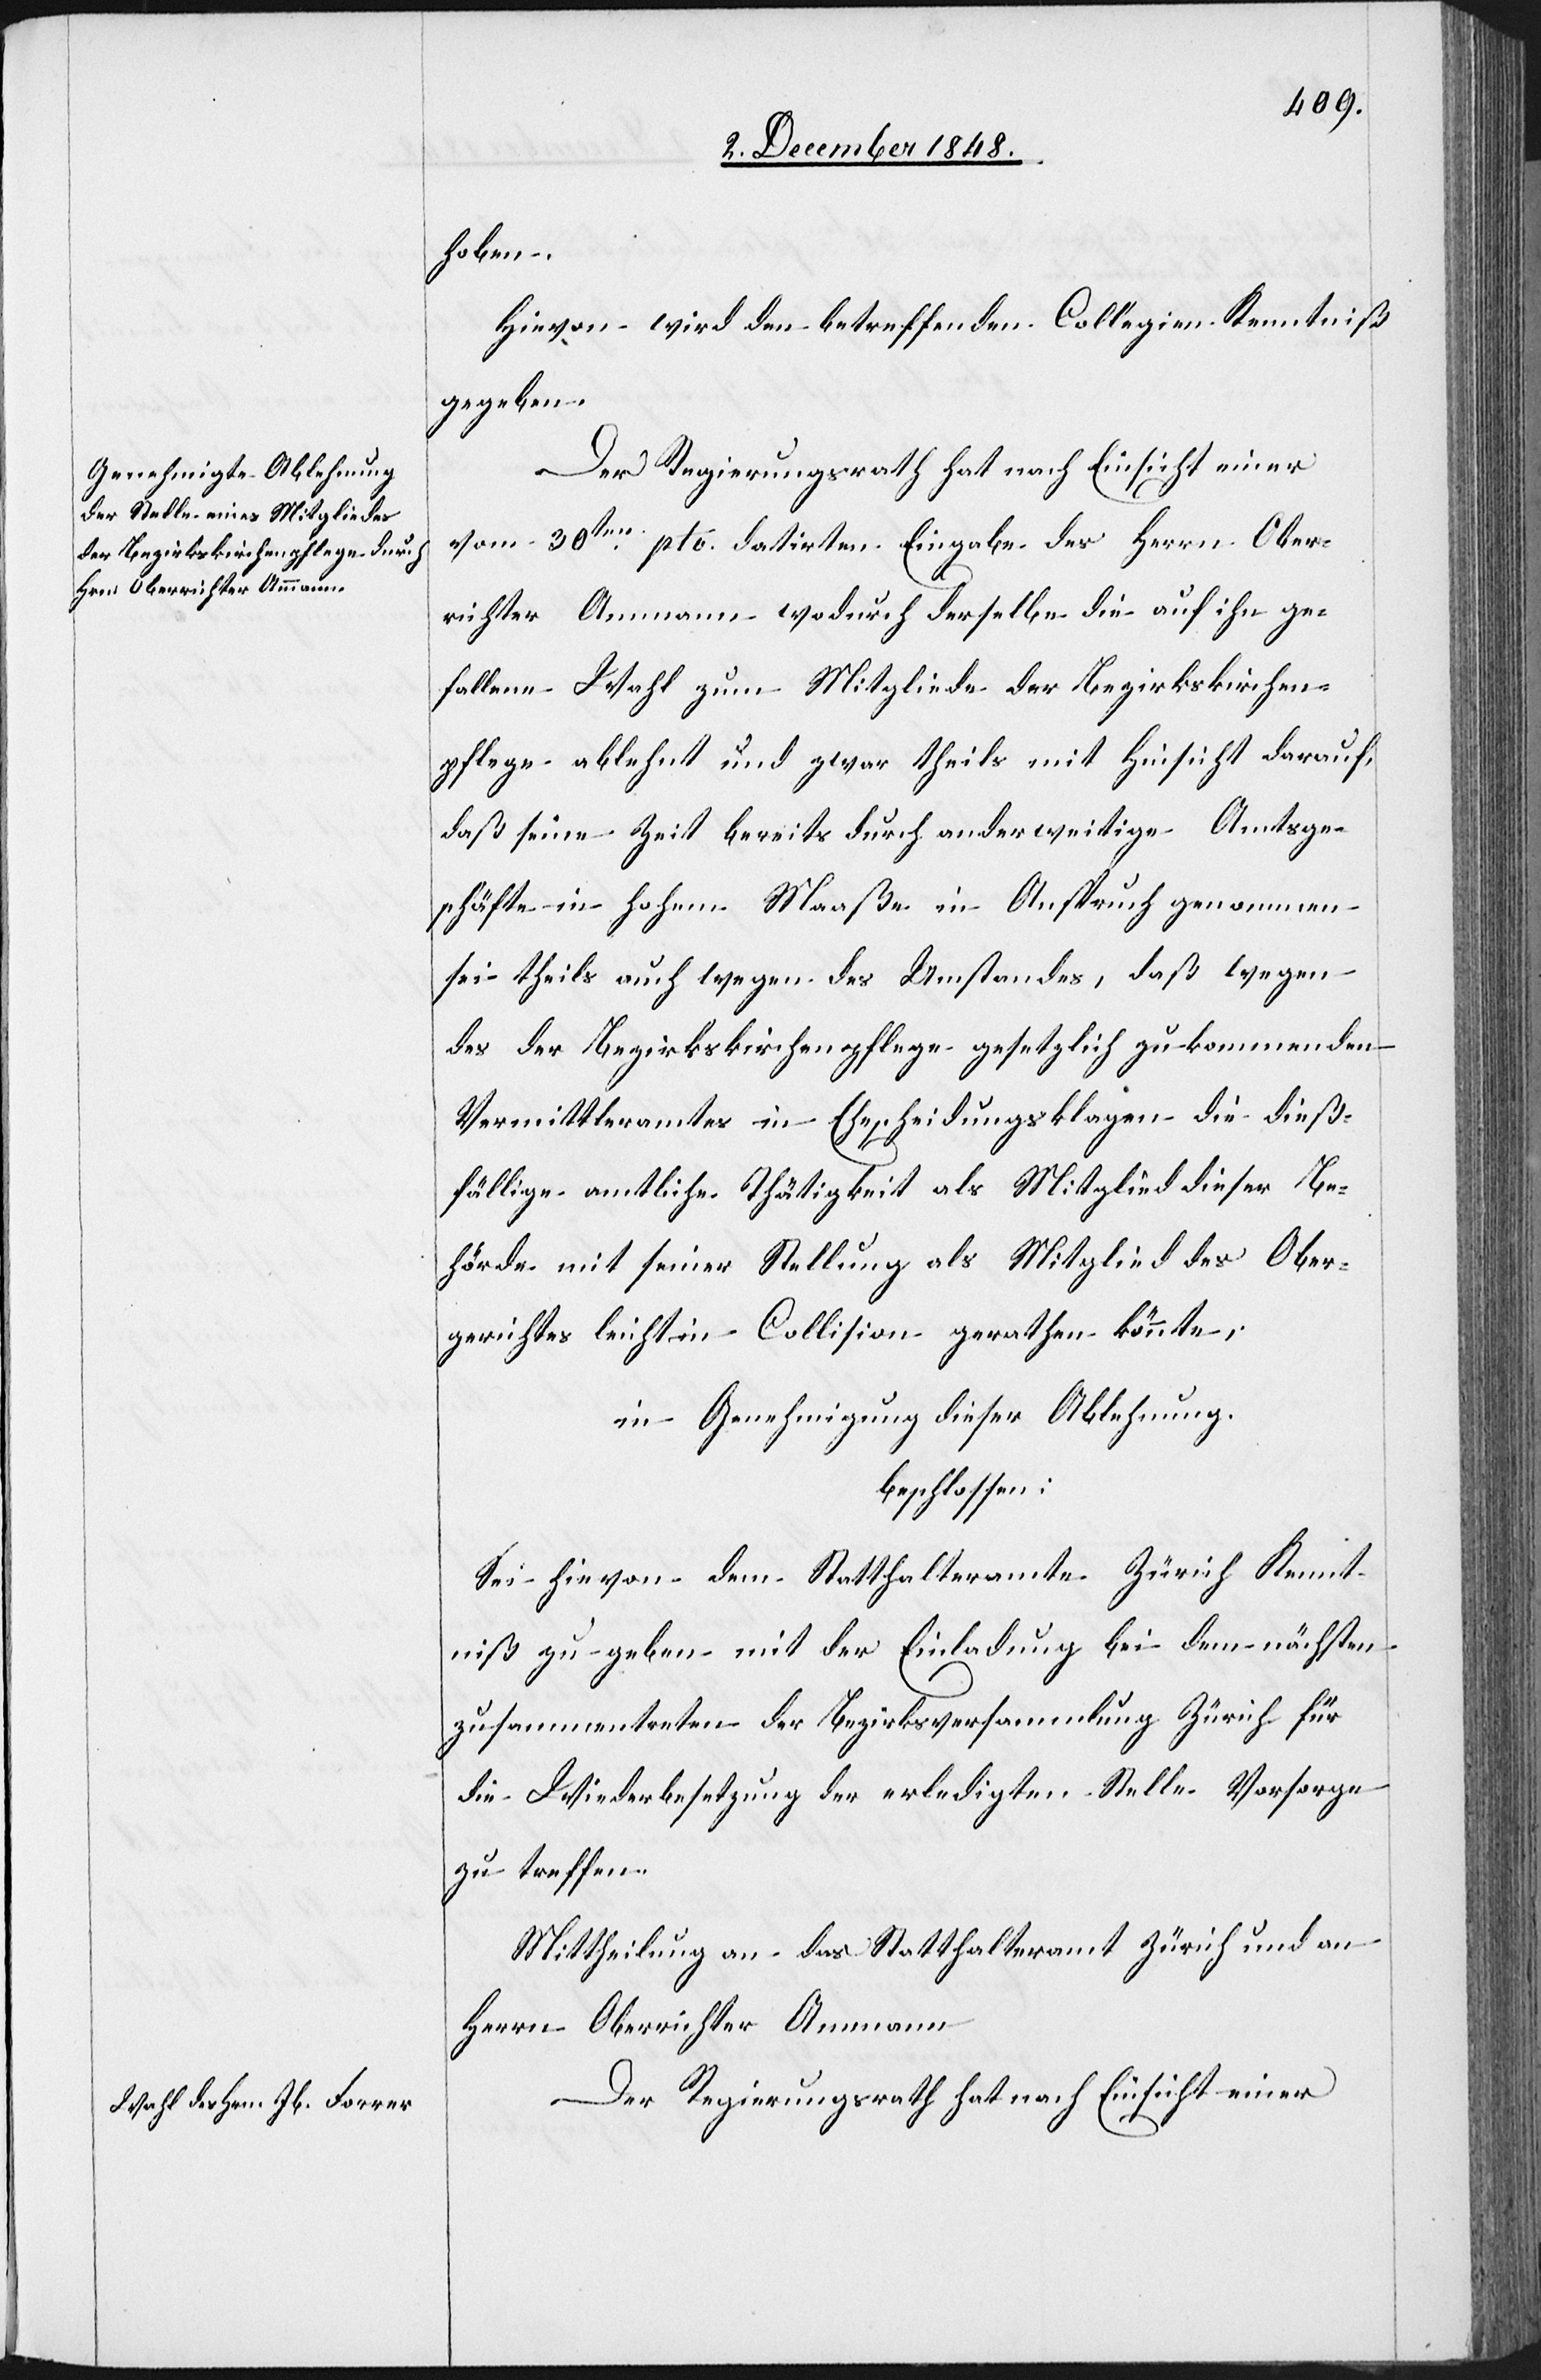
hoben.
Hievon wird den betreffenden Collegien Kenntniß
gegeben.
Der Regierungsrath hat nach Einsicht einer
vom 30ten pto. datirten Eingabe des Herrn Ober¬
richter Ammann wodurch derselbe die auf ihn ge¬
fallene Wahl zum Mitgliede der Bezirkskirchen¬
pflege ablehnt und zwar theils mit Hinsicht darauf,
daß seine Zeit bereits durch anderweitige Amtsge¬
schäfte in hohem Maaße in Anspruch genommen
sei theils auch wegen des Umstandes, daß wegen
des der Bezirkskirchenpflege gesetzlich zukommenden
Vermittleramtes in Ehescheidungsklagen die dieß¬
fällige amtliche Thätigkeit als Mitglied dieser Be¬
hörde mit seiner Stellung als Mitglied des Ober¬
gerichtes leicht in Collision gerathen könnte;
in Genehmigung dieser Ablehnung.
beschlossen:
Sei hievon dem Statthalteramte Zürich Kennt¬
niß zu geben mit der Einladung bei dem nächsten
zusammentreten der Bezirksversammlung Zürich für
die Wiederbesetzung der erledigten Stelle Vorsorge
zu treffen.
Mittheilung an das Statthalteramt Zürich und an
Herrn Oberrichter Ammann.
Der Regierungsrath hat nach Einsicht einer